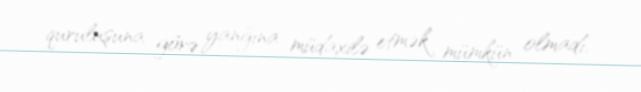
quruluşuna görə yanğına müdaxilə etmək mümkün olmadı.